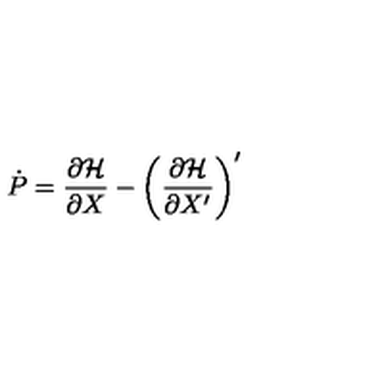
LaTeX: \dot { P } = \frac { \partial { \cal H } } { \partial X } - \left( \frac { \partial { \cal H } } { \partial X ^ { \prime } } \right) ^ { \prime }